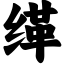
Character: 缂